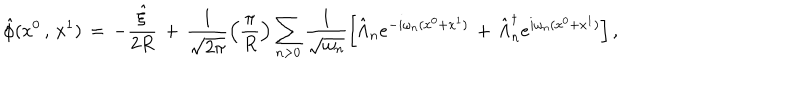
\hat { \phi } ( x ^ { 0 } \, , \, x ^ { 1 } ) \, = \, - \frac { \hat { \xi } } { 2 R } \, + \, \frac { 1 } { \sqrt { 2 \pi } } \left( \frac { \pi } { R } \right) \sum _ { n > 0 } \frac { 1 } { \sqrt { \omega _ { n } } } \left[ \hat { \Lambda } _ { n } e ^ { - i \omega _ { n } ( x ^ { 0 } + x ^ { 1 } ) } \, + \, \hat { \Lambda } _ { n } ^ { \dagger } e ^ { i \omega _ { n } ( x ^ { 0 } + x ^ { 1 } ) } \right] ,